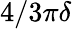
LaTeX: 4/3\pi\delta